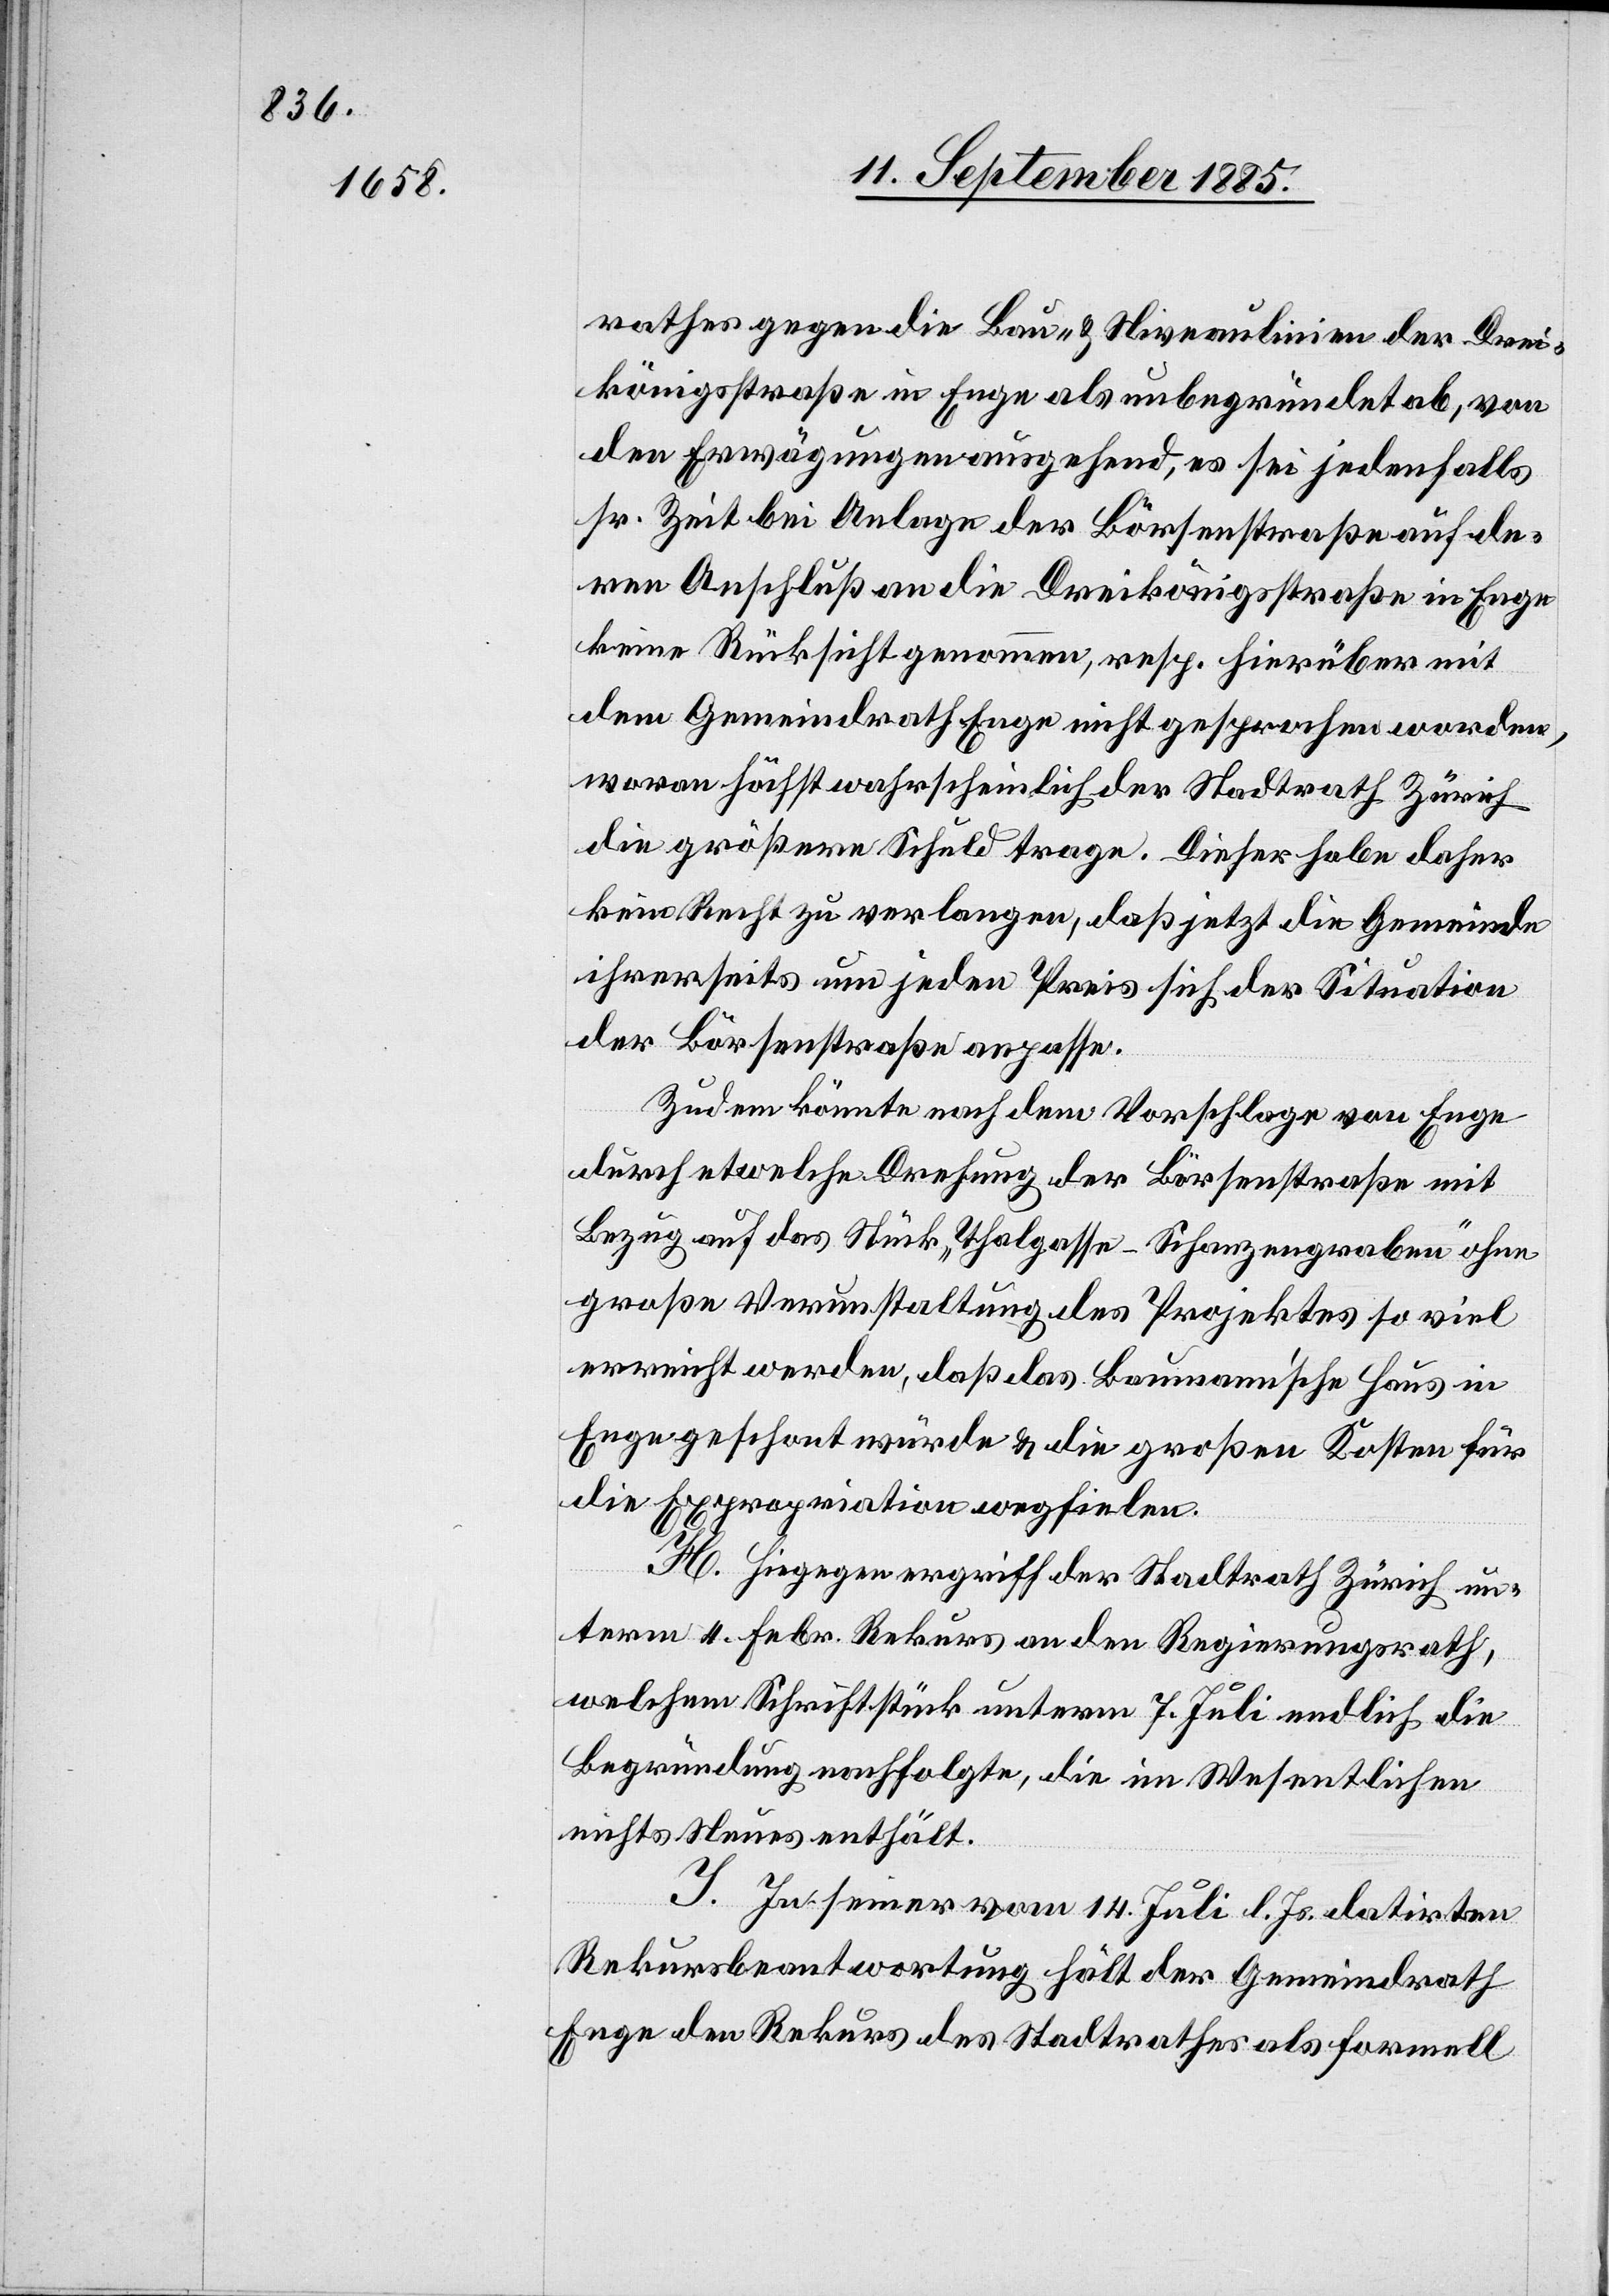
rathes gegen die Bau- & Niveaulinien der Drei¬
königsstraße in Enge als unbegründet ab, von
den Erwägungen ausgehend, es sei jedenfalls
sr. Zeit bei Anlage der Börsenstraße auf de¬
ren Anschluß an die Dreikönigsstraße in Enge
keine Rücksicht genommen, resp. hierüber mit
dem Gemeindrath Enge nicht gesprochen worden,
wovon höchstwahrscheinlich der Stadtrath Zürich
die größere Schuld trage. Dieser habe daher
kein Recht zu verlangen, daß jetzt die Gemeinde
ihrerseits um jeden Preis sich der Situation
der Börsenstraße anpasse.
Zudem könnte nach dem Vorschlage von Enge
durch etwelche Drehung der Börsenstraße mit
Bezug auf das Stück „Thalgasse–Schanzengraben“ ohne
große Verunstaltung des Projektes so viel
erreicht werden, daß das Baumann’sche Haus in
Enge geschont würde & die großen Kosten für
die Expropriation wegfielen.
H. Hiegegen ergriff der Stadtrath Zürich un¬
term 4. Febr. Rekurs an den Regierungsrath,
welchem Schriftstück unterm 7. Juli endlich die
Begründung nachfolgte, die im Wesentlichen
nichts Neues enthält.
J. In seiner vom 14. Juli l. Js. datirten
Rekursbeantwortung hält der Gemeindrath
Enge den Rekurs des Stadtrathes als formell